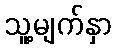
သူ့မျက်နှာ